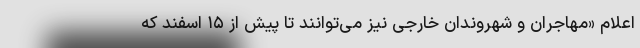
اعلام «مهاجران و شهروندان خارجی نیز می‌توانند تا پیش از ۱۵ اسفند که